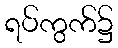
ရပ်ကွက်၌